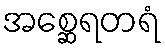
အစ္ဆေရတရံ